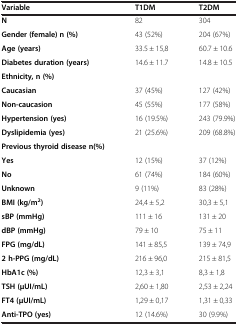
<table><thead><tr><td><b>Variable</b></td><td><b>T1DM</b></td><td><b>T2DM</b></td></tr></thead><tbody><tr><td><b>N</b></td><td>82</td><td>304</td></tr><tr><td><b>Gender (female) n (%)</b></td><td>43 (52%)</td><td>204 (67%)</td></tr><tr><td><b>Age (years)</b></td><td>33.5 ± 15,8</td><td>60.7 ± 10.6</td></tr><tr><td><b>Diabetes duration (years)</b></td><td>14.6 ± 11.7</td><td>14.8 ± 10.5</td></tr><tr><td><b>Ethnicity, n (%)</b></td><td> </td><td> </td></tr><tr><td><b>Caucasian</b></td><td>37 (45%)</td><td>127 (42%)</td></tr><tr><td><b>Non-caucasion</b></td><td>45 (55%)</td><td>177 (58%)</td></tr><tr><td><b>Hypertension (yes)</b></td><td>16 (19.5%)</td><td>243 (79.9%)</td></tr><tr><td><b>Dyslipidemia (yes)</b></td><td>21 (25.6%)</td><td>209 (68.8%)</td></tr><tr><td><b>Previous thyroid disease n(%)</b></td><td> </td><td> </td></tr><tr><td><b>Yes</b></td><td>12 (15%)</td><td>37 (12%)</td></tr><tr><td><b>No</b></td><td>61 (74%)</td><td>184 (60%)</td></tr><tr><td><b>Unknown</b></td><td>9 (11%)</td><td>83 (28%)</td></tr><tr><td><b>BMI (kg/m</b><sup><b>2</b></sup><b>)</b></td><td>24,4 ± 5,2</td><td>30,3 ± 5,1</td></tr><tr><td><b>sBP (mmHg)</b></td><td>111 ± 16</td><td>131 ± 20</td></tr><tr><td><b>dBP (mmHg)</b></td><td>79 ± 10</td><td>75 ± 11</td></tr><tr><td><b>FPG (mg/dL)</b></td><td>141 ± 85,5</td><td>139 ± 74,9</td></tr><tr><td><b>2 h-PPG (mg/dL)</b></td><td>216 ± 96,0</td><td>215 ± 81,5</td></tr><tr><td><b>HbA1c (%)</b></td><td>12,3 ± 3,1</td><td>8,3 ± 1,8</td></tr><tr><td><b>TSH (μUI/mL)</b></td><td>2,60 ± 1,80</td><td>2,53 ± 2,24</td></tr><tr><td><b>FT4 (μUI/mL)</b></td><td>1,29 ± 0,17</td><td>1,31 ± 0,33</td></tr><tr><td><b>Anti-TPO (yes)</b></td><td>12 (14.6%)</td><td>30 (9.9%)</td></tr></tbody></table>